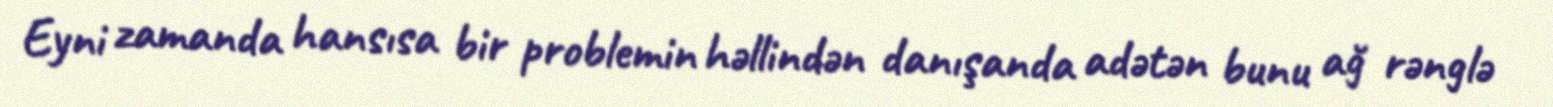
Eyni zamanda hansısa bir problemin həllindən danışanda adətən bunu ağ rənglə